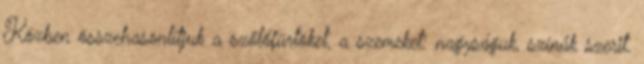
Közben összehasonlítjuk a szőlőfürtöket, a szemeket: nagyságuk, színűk szerit.